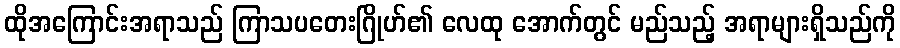
ထိုအကြောင်းအရာသည် ကြာသပတေးဂြိုဟ်၏ လေထု အောက်တွင် မည်သည့် အရာများရှိသည်ကို